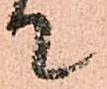
て